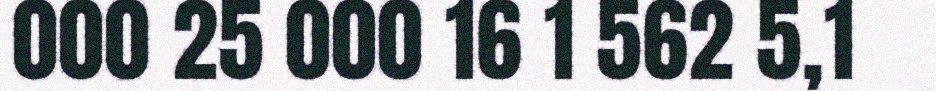
000 25 000 16 1 562 5,1